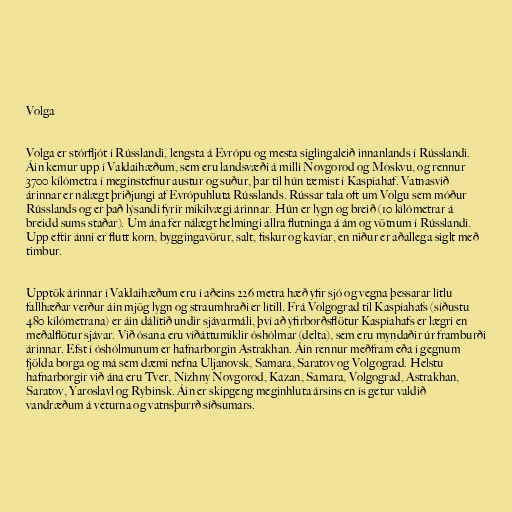
Volga

Volga er stórfljót í Rússlandi, lengsta á Evrópu og mesta siglingaleið innanlands í Rússlandi.
Áin kemur upp í Valdaihæðum, sem eru landsvæði á milli Novgorod og Moskvu, og rennur
3700 kílómetra í meginstefnur austur og suður, þar til hún tæmist í Kaspíahaf. Vatnasvið
árinnar er nálægt þriðjungi af Evrópuhluta Rússlands. Rússar tala oft um Volgu sem móður
Rússlands og er það lýsandi fyrir mikilvægi árinnar. Hún er lygn og breið (10 kílómetrar á
breidd sums staðar). Um ána fer nálægt helmingi allra flutninga á ám og vötnum í Rússlandi.
Upp eftir ánni er flutt korn, byggingavörur, salt, fiskur og kavíar, en niður er aðallega siglt með
timbur.

Upptök árinnar í Valdaihæðum eru í aðeins 226 metra hæð yfir sjó og vegna þessarar litlu
fallhæðar verður áin mjög lygn og straumhraði er lítill. Frá Volgograd til Kaspíahafs (síðustu
480 kílómetrana) er áin dálítið undir sjávarmáli, því að yfirborðsflötur Kaspíahafs er lægri en
meðalflötur sjávar. Við ósana eru víðáttumiklir óshólmar (delta), sem eru myndaðir úr framburði
árinnar. Efst í óshólmunum er hafnarborgin Astrakhan. Áin rennur meðfram eða í gegnum
fjölda borga og má sem dæmi nefna Uljanovsk, Samara, Saratov og Volgograd. Helstu
hafnarborgir við ána eru Tver, Nizhny Novgorod, Kazan, Samara, Volgograd, Astrakhan,
Saratov, Yaroslavl og Rybinsk. Áin er skipgeng meginhluta ársins en ís getur valdið
vandræðum á veturna og vatnsþurrð síðsumars.